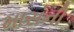
માસની